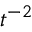
t ^ { - 2 }